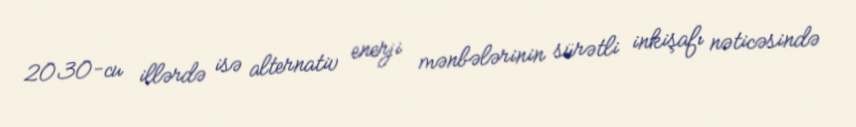
2030-cu illərdə isə alternativ enerji mənbələrinin sürətli inkişafı nəticəsində